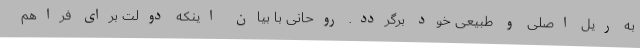
به ریل اصلی و طبیعی خود برگردد. روحانی با بیان اینکه دولت برای فراهم